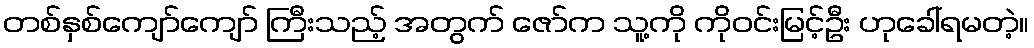
တစ်နှစ်ကျော်ကျော် ကြီးသည့် အတွက် ဇော်က သူ့ကို ကိုဝင်းမြင့်ဦး ဟုခေါ်ရမတဲ့။